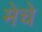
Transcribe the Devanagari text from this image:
मेचे